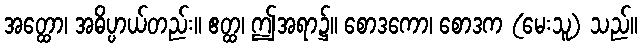
အတ္ထော၊ အဓိပ္ပာယ်တည်း။ ဧတ္ထ၊ ဤအရာ၌။ စောဒကော၊ စောဒက (မေးသူ) သည်။